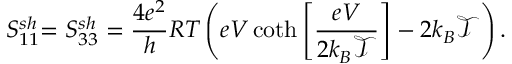
{ S _ { 1 1 } ^ { s h } } { = S _ { 3 3 } ^ { s h } = \frac { 4 e ^ { 2 } } { h } R T \left( e V \coth \left[ \frac { e V } { 2 k _ { B } \mathcal { T } } \right] - 2 k _ { B } \mathcal { T } \right) . }